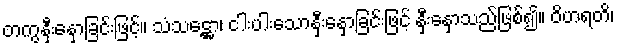
တကွနှီးနှောခြင်းဖြင့်။ သံသဋ္ဌော၊ ငါးပါးသောနှီးနှောခြင်းဖြင့် နှီးနှောသည်ဖြစ်၍။ ဝိဟရတိ၊